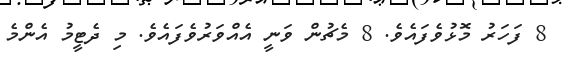
8 ފަހަރު މޮޅުވެފައެވެ. 8 މެޗުން ވަނީ އެއްވަރުވެފައެވެ. މި ދެޓީމު އެންމެ